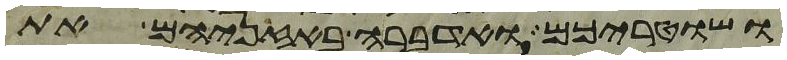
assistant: ושטריכם ואדברה באזניהם את